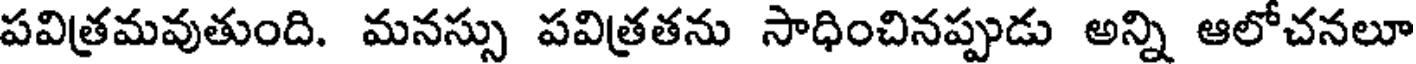
పవిత్రమవుతుంది. మనస్సు పవిత్రతను సాధించినప్పుడు అన్ని ఆలోచనలూ